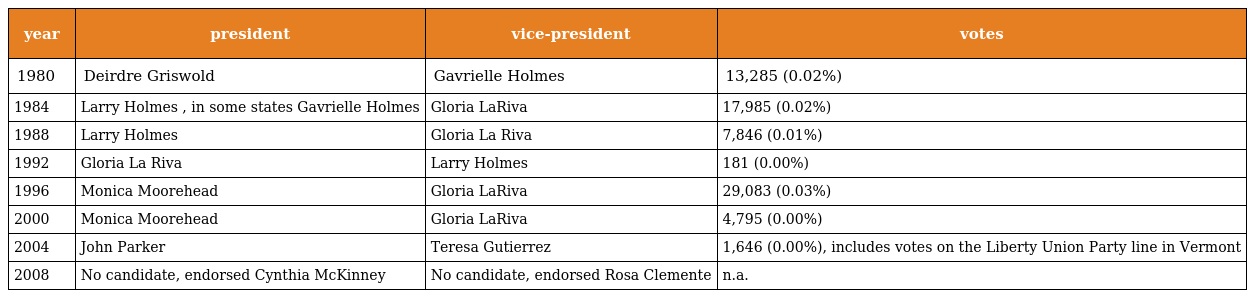
| year | president | vice-president | votes |
 | --- | --- | --- | --- |
 | 1980 | Deirdre Griswold | Gavrielle Holmes | 13,285 (0.02%) |
 | 1984 | Larry Holmes , in some states Gavrielle Holmes | Gloria LaRiva | 17,985 (0.02%) |
 | 1988 | Larry Holmes | Gloria La Riva | 7,846 (0.01%) |
 | 1992 | Gloria La Riva | Larry Holmes | 181 (0.00%) |
 | 1996 | Monica Moorehead | Gloria LaRiva | 29,083 (0.03%) |
 | 2000 | Monica Moorehead | Gloria LaRiva | 4,795 (0.00%) |
 | 2004 | John Parker | Teresa Gutierrez | 1,646 (0.00%), includes votes on the Liberty Union Party line in Vermont |
 | 2008 | No candidate, endorsed Cynthia McKinney | No candidate, endorsed Rosa Clemente | n.a. |